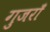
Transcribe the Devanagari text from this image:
गुजराँ